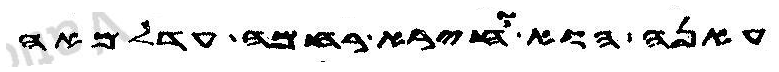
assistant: עאנה הוא וחירא רחמה עדלמאה